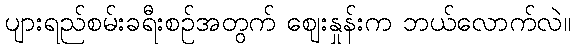
ပျားရည်စမ်းခရီးစဉ်အတွက် ဈေးနှုန်းက ဘယ်လောက်လဲ။